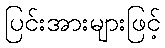
ပြင်းအားများဖြင့်